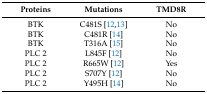
| Proteins | Mutations | TMD8R |
 | --- | --- | --- |
 | BTK | C481S [12,13] | No |
 | BTK | C481R [14] | No |
 | BTK | T316A [15] | No |
 | PLC 2 | L845F [12] | No |
 | PLC 2 | R665W [12] | Yes |
 | PLC 2 | S707Y [12] | No |
 | PLC 2 | Y495H [14] | No |